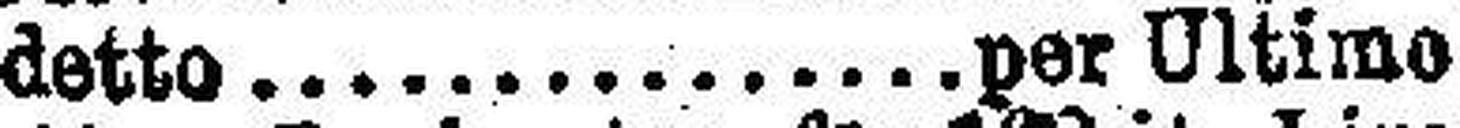
detto.per Ultimo